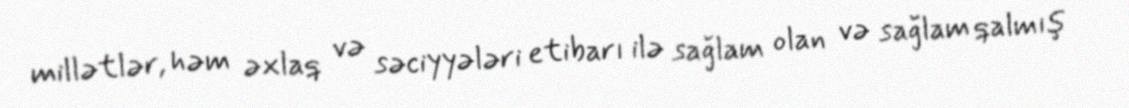
millətlər, həm əxlaq və səciyyələri etibarı ilə sağlam olan və sağlam qalmış